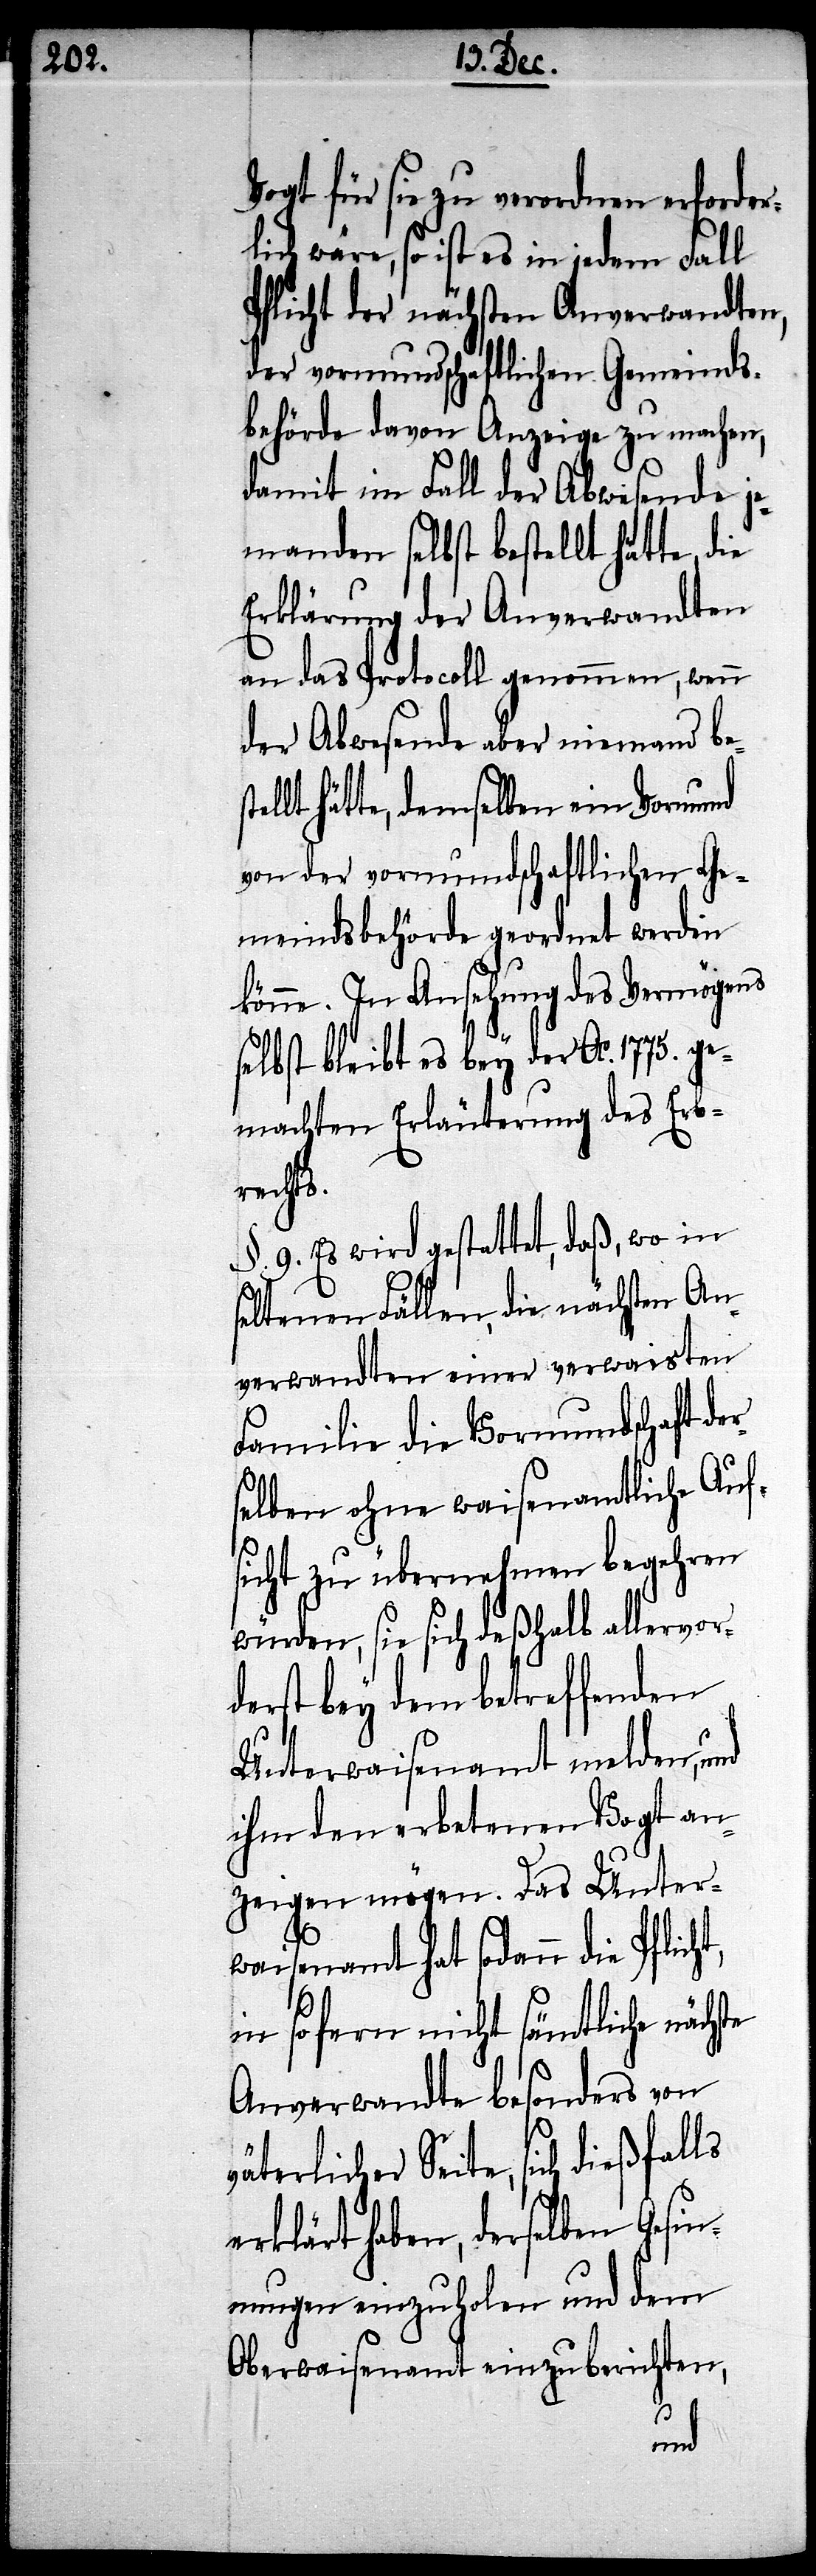
Vogt für sie zu verordnen erforder¬
lich wäre, so ist es in jedem Fall
Pflicht der nächsten Anverwandten,
der vormundschaftlichen Gemeinds¬
behörde davon Anzeige zu machen,
damit im Fall der Abwesende je¬
manden selbst bestellt hätte, die
Erklärung der Anverwandten
an das Protocoll genommen, wenn
der Abwesende aber niemand
hätte, demselben ein Vormund
von der vormundschaftlichen Ge¬
meindsbehörde geordnet werden
könne. In Ansehung des Vermögens
selbst bleibt es bey der Ao. 1775. g¬
emachten Erläuterung des Erb¬
rechts.
§. 9. Es wird gestattet, das, wo in
seltenen Fällen, die nächsten An¬
verwandten einer verwaisten
Familie die Vormundschaft de¬
selben ohne waisenamtliche Auf¬
sicht zu übernehmen begehren
würden, sie sich deßhalb allervor¬
derst bey dem betreffenden
Unterwaisenamt melden, und
ihm den erbetenen Vogt an¬
zeigen mögen. Das Unter¬
waisenamt hat sodann die Pflich¬
in so fern nicht sämtliche nächs¬
Anverwandte besonders von
väterlicher Seite, sich dießfalls
erklärt haben, derselben Gesi¬
nnungen einzuholen und dem
Oberwaisenamt einzuberichten,
te